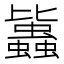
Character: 𧔻